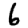
Digit: 6